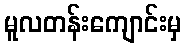
မူလတန်းကျောင်းမှ